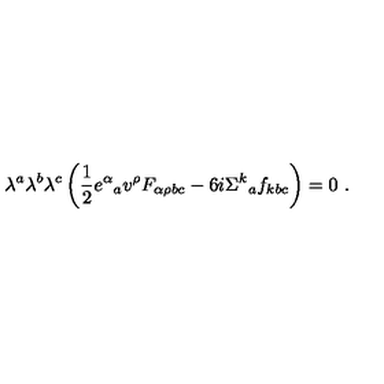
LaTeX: \lambda ^ { a } \lambda ^ { b } \lambda ^ { c } \left( \frac { 1 } { 2 } e ^ { \alpha } { } _ { a } v ^ { \rho } F _ { \alpha \rho b c } - 6 i \Sigma ^ { k } { } _ { a } f _ { k b c } \right) = 0 \ .